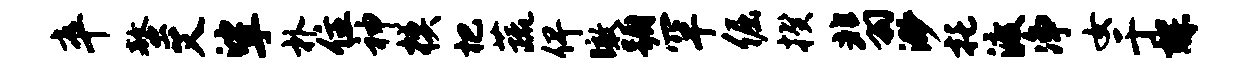
卒螯艾挲朴住神模杷蔬俾瞰蹰罕倔揆翡渺托渡净女于辉